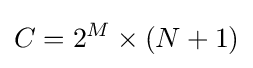
C=2^{M}\times (N+1)